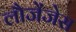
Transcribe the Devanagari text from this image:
लौजेंजेस